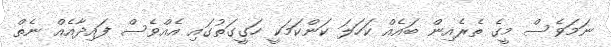
ނަމަވެސް މީގެ ތެރެއިން ބައެއް ކަހަލަ ކަންކަމަކީ ހަގީގަތުގައި އެއްވެސް ފައިދާއެއް ނެތް